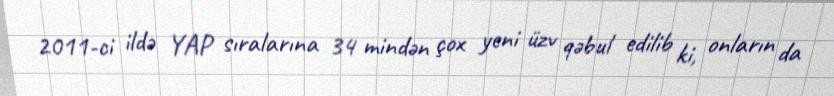
2011-ci ildə YAP sıralarına 34 mindən çox yeni üzv qəbul edilib ki, onların da